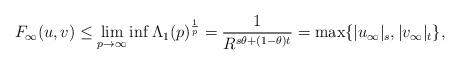
LaTeX: \begin{align*}F_{\infty}(u,v) \leq \lim_{p\to \infty}\inf \Lambda_1(p)^{\frac{1}{p}} = \frac{1}{R^{s\theta + (1-\theta)t}} = \max\{\vert u_\infty \vert_s, \vert v_\infty \vert_t\},\end{align*}